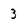
Character: 3